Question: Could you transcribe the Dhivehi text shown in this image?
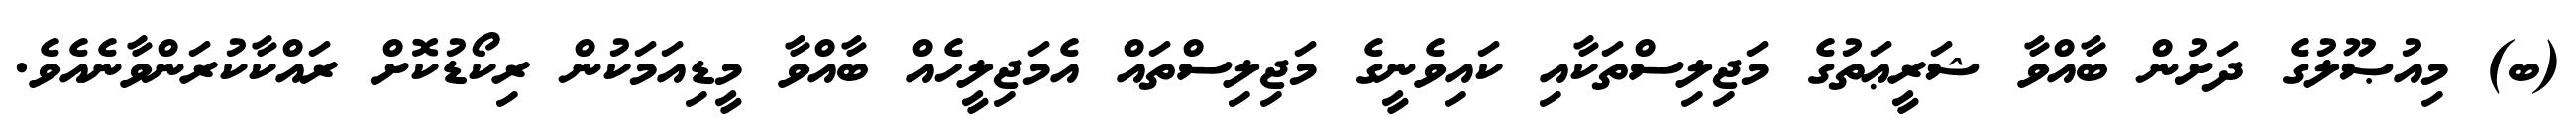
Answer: (ބ) މިއުޞޫލުގެ ދަށުން ބާއްވާ ޝަރީޢަތުގެ މަޖިލިސްތަކާއި ކައިވެނީގެ މަޖިލިސްތައް އެމަޖިލީހެއް ބާއްވާ މީޑިއަމަކުން ރިކޯޑުކޮށް ރައްކާކުރަންވާނެއެވެ.